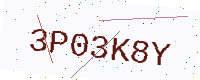
Text: 3P03K8Y